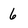
Character: 6